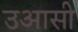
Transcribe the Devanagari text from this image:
उआसी